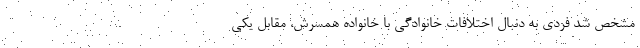
مشخص شد فردی به دنبال اختلافات خانوادگی با خانواده همسرش، مقابل یکی